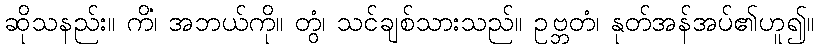
ဆိုသနည်း။ ကိံ၊ အဘယ်ကို။ တွံ၊ သင်ချစ်သားသည်။ ဥဗ္ဘတံ၊ နုတ်အန်အပ်၏ဟူ၍။